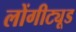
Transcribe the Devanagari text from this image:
लोंगीट्यूड